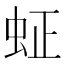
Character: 𬟿